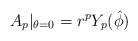
\begin{align*}A_p|_{\theta=0}= r^pY_p(\hat \phi)\end{align*}